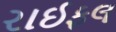
રાઈફલ